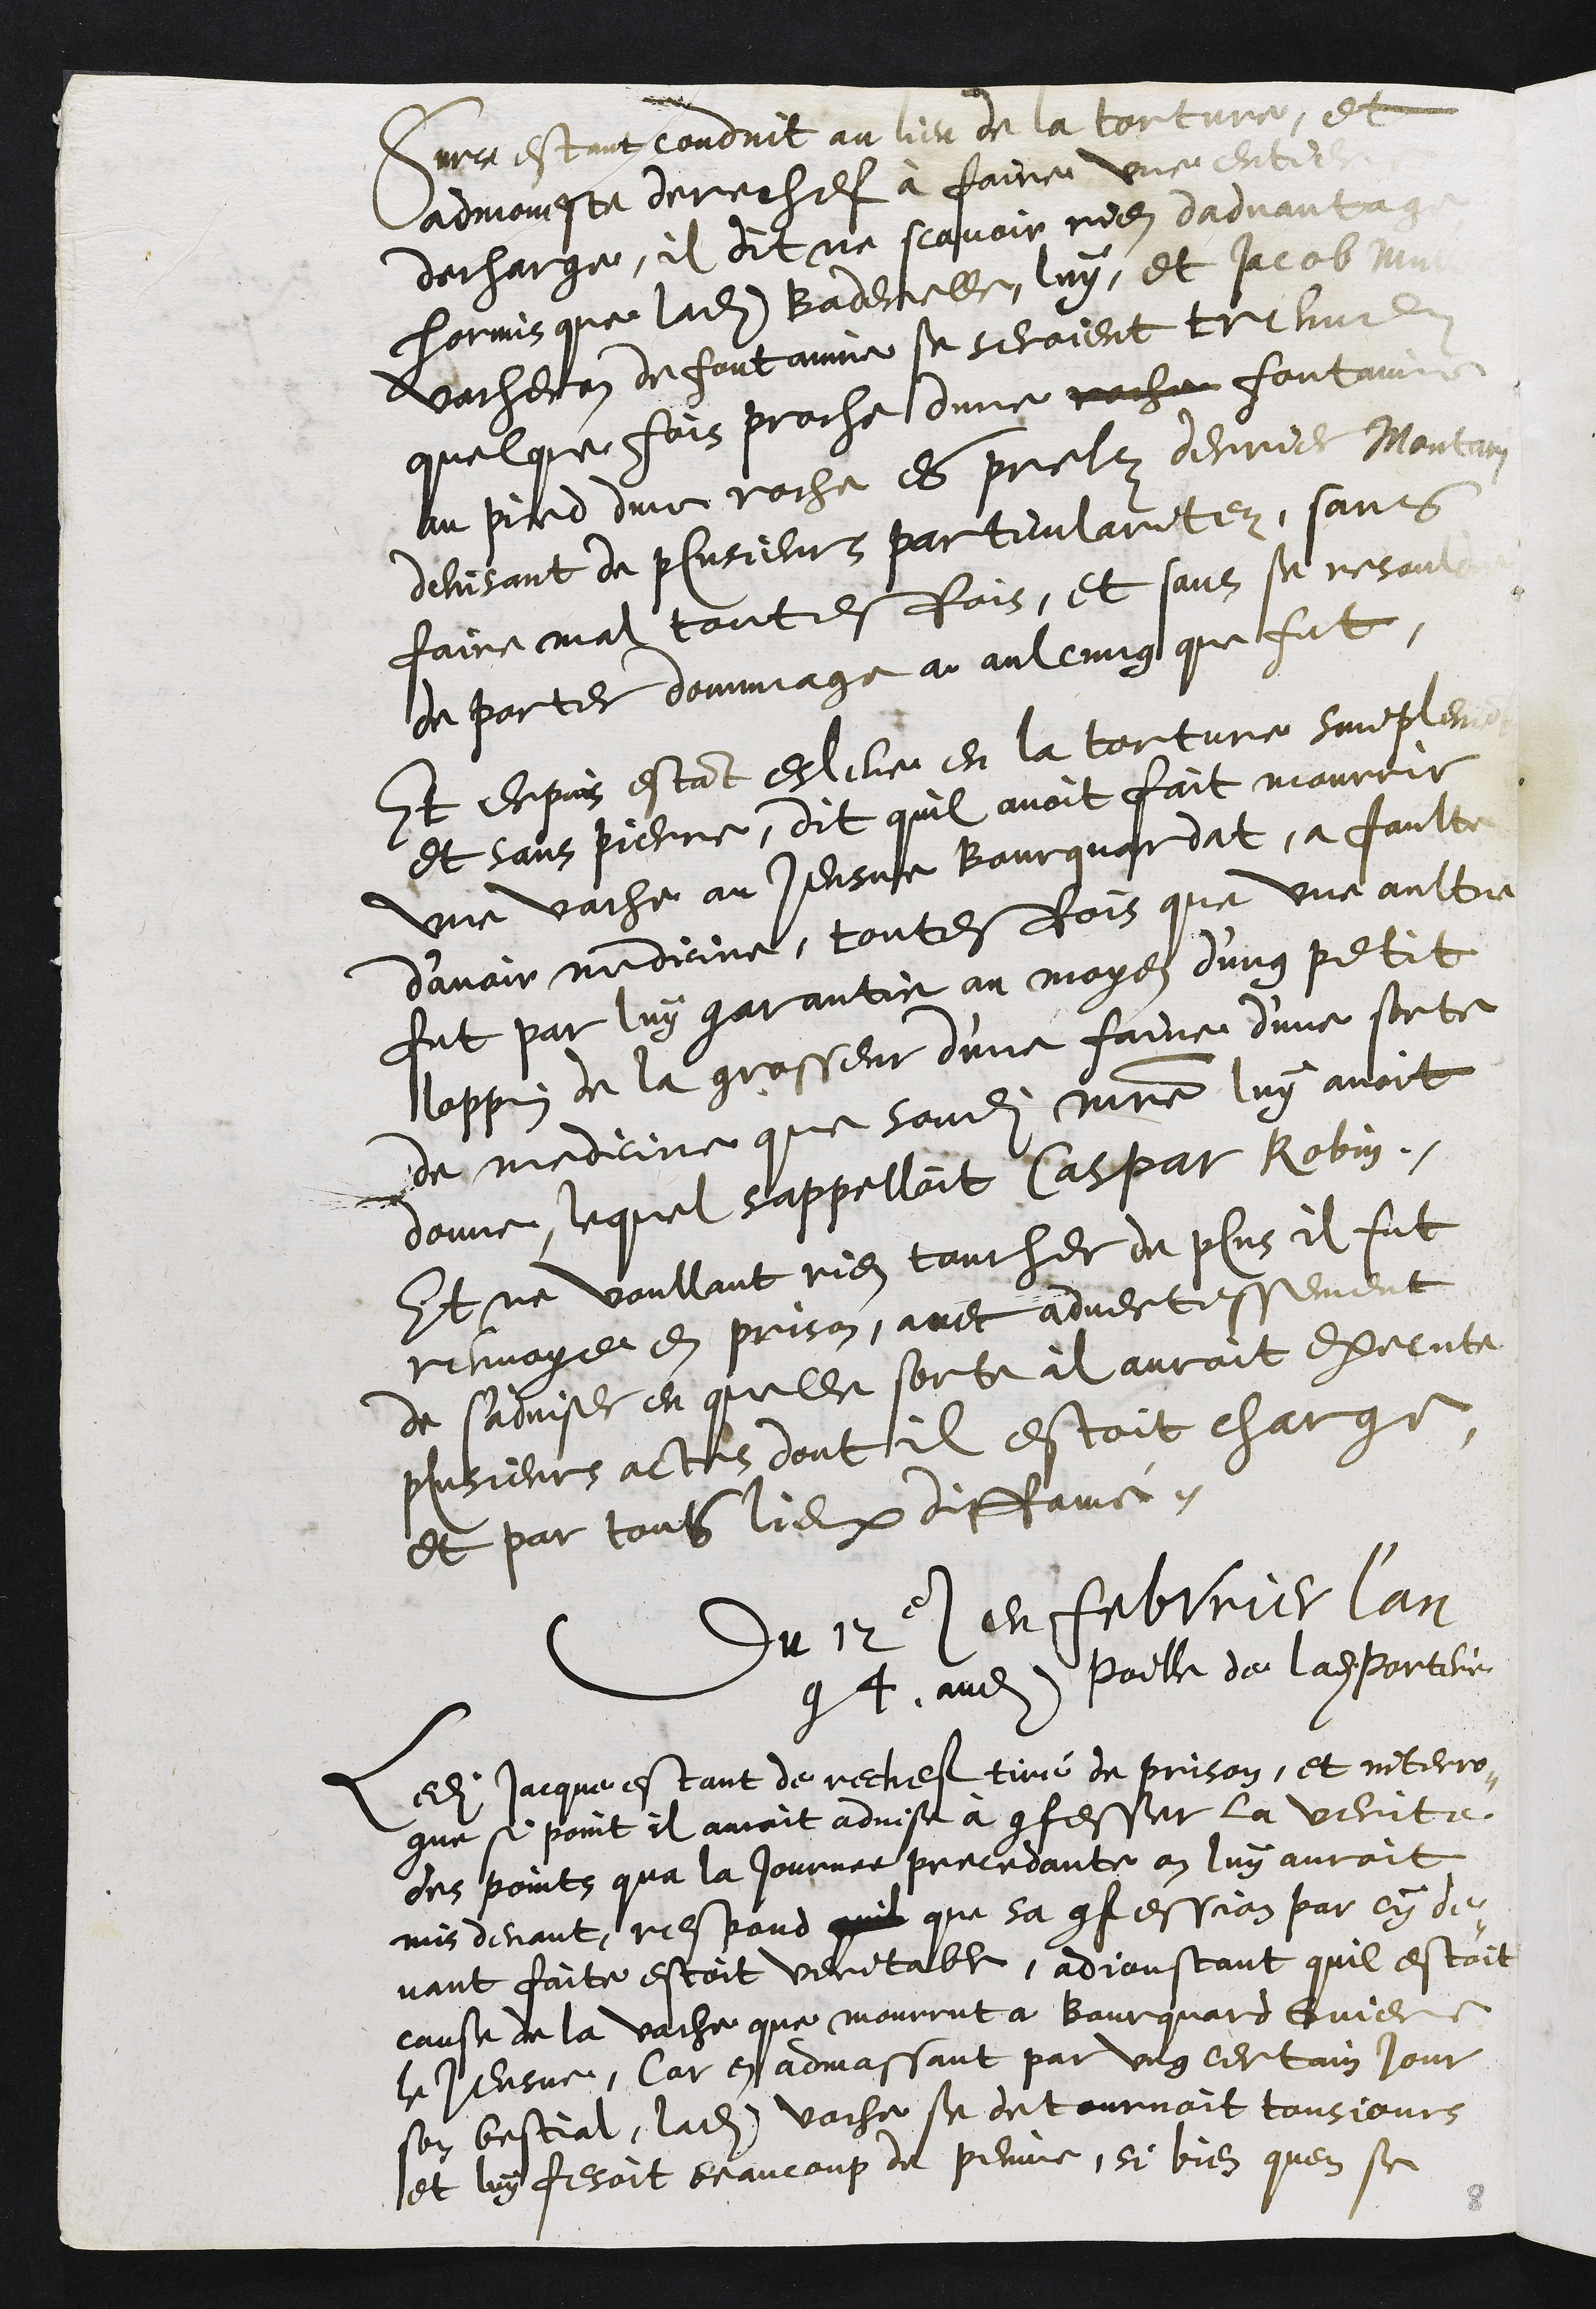
Surce estant conduit au lieu de la torture, et
admoneste derechef à faire une entiere
decharge, il dit ne scavoir rien dadvantage
hormis que ladite Baderelle, luy, et Jacob Muller
vacheron de fontainne se seroient treuvez
quelque fois proche dune roche fontainne
au pied dune roche es prelz derrier Montari
devisant de plusieurs particularitez, sans
faire mal toutesfois, et sans se resouldre
de porter dommage a aulcung que fut
Et depuis estant esleve en la torture simplement
et sans pierre, dit quil avoit fait mourrir
une vache au Jeusne Bourquardat, a faultre
d’avoir medicine, toutesfois que une aultre
fut par luy garantie au moyen d'ung petit
loppin de la grosseur d'une faive d'une sorte
de medicine que sondit maistre luy avoit
donne, lequel s'appelloit Caspar Robin
Et ne voullant rien toucher de plus il fut
renvoye en prison, avec advertissement
de sadviser en quelle sorte il auroit execute
plusieurs actes dont il estoit charge
et par tous lieux diffamé.
Du 12e en febvrier l'an
94, audit poille de ladite porterie
Ledit Jacque estant de rechef tiré de prison, et interro¬
gue si point il avoit advise à confesser la verite
des points qua la journee precedante on luy auroit
mis devant, respond quil que sa confession par cy de¬
vant faite estoit veritable, adjoustant quil estoit
cause de la vache que mourrut à Bourquard Guiere
le Jeusne, Car en admassant par ung certain jour
son bestial, ladite vache se detournoit tousjours
et luy fesoit beaucoup de peinne, si bien quen se